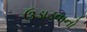
ઉડાડવાનો